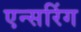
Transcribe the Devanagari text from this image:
एन्सरिंग